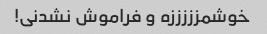
خوشمزززززه و فراموش نشدنی!